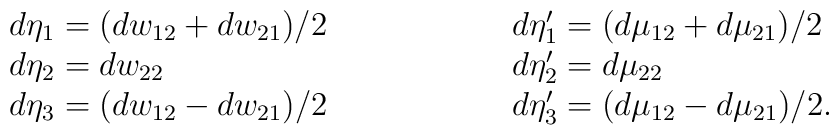
\begin{tabular}{ll} $d \eta_1 = (dw_{12} + dw_{21}) /2~~~~~~~~~~~~~~$  & $d \eta '_1 =             (d \mu_{12} + d \mu_{21}) /2$  \\ $d \eta_2 = dw_{22}$  & $ d \eta ' _2 = d \mu _{22}$  \\ $d \eta_3 = (dw_{12} - dw_{21}) /2$ & $ d \eta ' _3 =            (d \mu_{12} - d \mu_{21}) /2 $.\end{tabular}